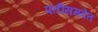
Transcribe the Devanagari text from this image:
पतींसमवेत